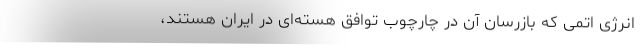
انرژی اتمی که بازرسان آن در چارچوب توافق هسته‌ای در ایران هستند،